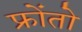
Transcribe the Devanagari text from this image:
फ्रोंतो